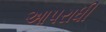
આપરાધી